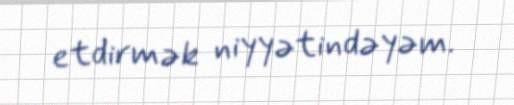
etdirmək niyyətindəyəm.